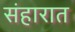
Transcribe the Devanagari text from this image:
संहारात